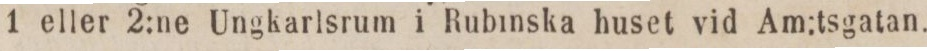
1 eller 2:ne Ungkarlsrum i Rubinska huset vid Am:tsgatan.